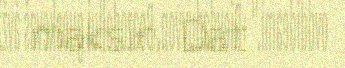
maksin. Dat